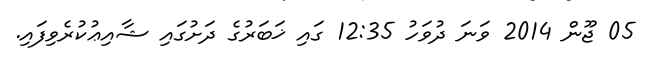
05 ޖޫން 2014 ވަނަ ދުވަހު 12:35 ގައި ޚަބަރުގެ ދަށުގައި ޝާއިޢުކުރެވިފައި.